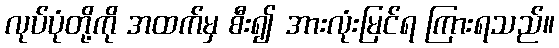
လုပ်ပုံတို့ကို အထက်မှ စီး၍ အားလုံးမြင်ရ ကြားရသည်။